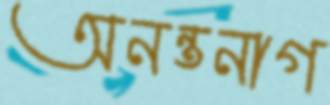
অনন্তনাগ